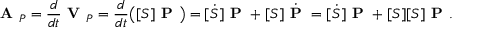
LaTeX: { \textbf { A } } _ { P } = { \frac { d } { d t } } { \textbf { V } } _ { P } = { \frac { d } { d t } } { \big ( } [ S ] { \textbf { P } } { \big ) } = [ { \dot { S } } ] { \textbf { P } } + [ S ] { \dot { \textbf { P } } } = [ { \dot { S } } ] { \textbf { P } } + [ S ] [ S ] { \textbf { P } } .